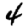
Digit: 4